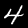
Label: 4